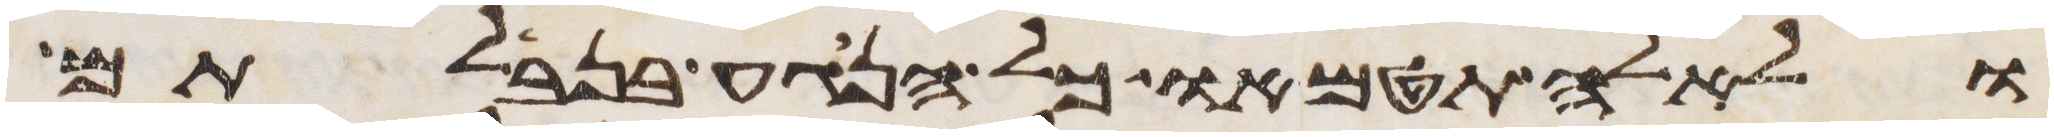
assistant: ולאלה תטמאו כל הנגע בנבלתם